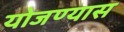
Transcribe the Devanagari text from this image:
योजण्यास